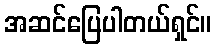
အဆင်ပြေပါတယ်ရှင်။